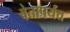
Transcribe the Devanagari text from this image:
बेतापर्यंत